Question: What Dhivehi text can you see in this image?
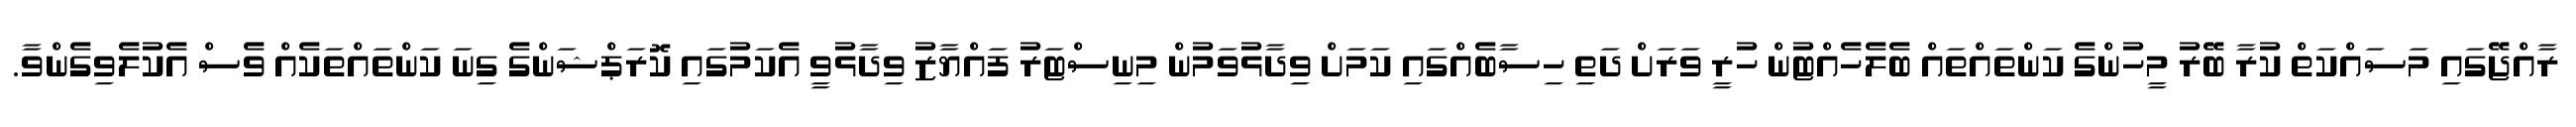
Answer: ރާއްޖޭގައި މަސައްކަތް ކުރާ ބޭރު މީހުންގެ ކަންތައްތައް ބެލެހެއްޓުން ހުރީ ވަރަށް ދަތި ހިސާބެއްގައި ކަމަށް ވިދާޅުވަމުން މިނިސްޓަރު ފައްޔާޒު ވިދާޅުވީ އެކަމުގައި ކޮރަޕްޝަންގެ ގިނަ ކަންތައްތަކެއް ވެސް އެކުލެވިގެންވާ.